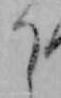
り